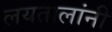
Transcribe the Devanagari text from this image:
लयतालांनी